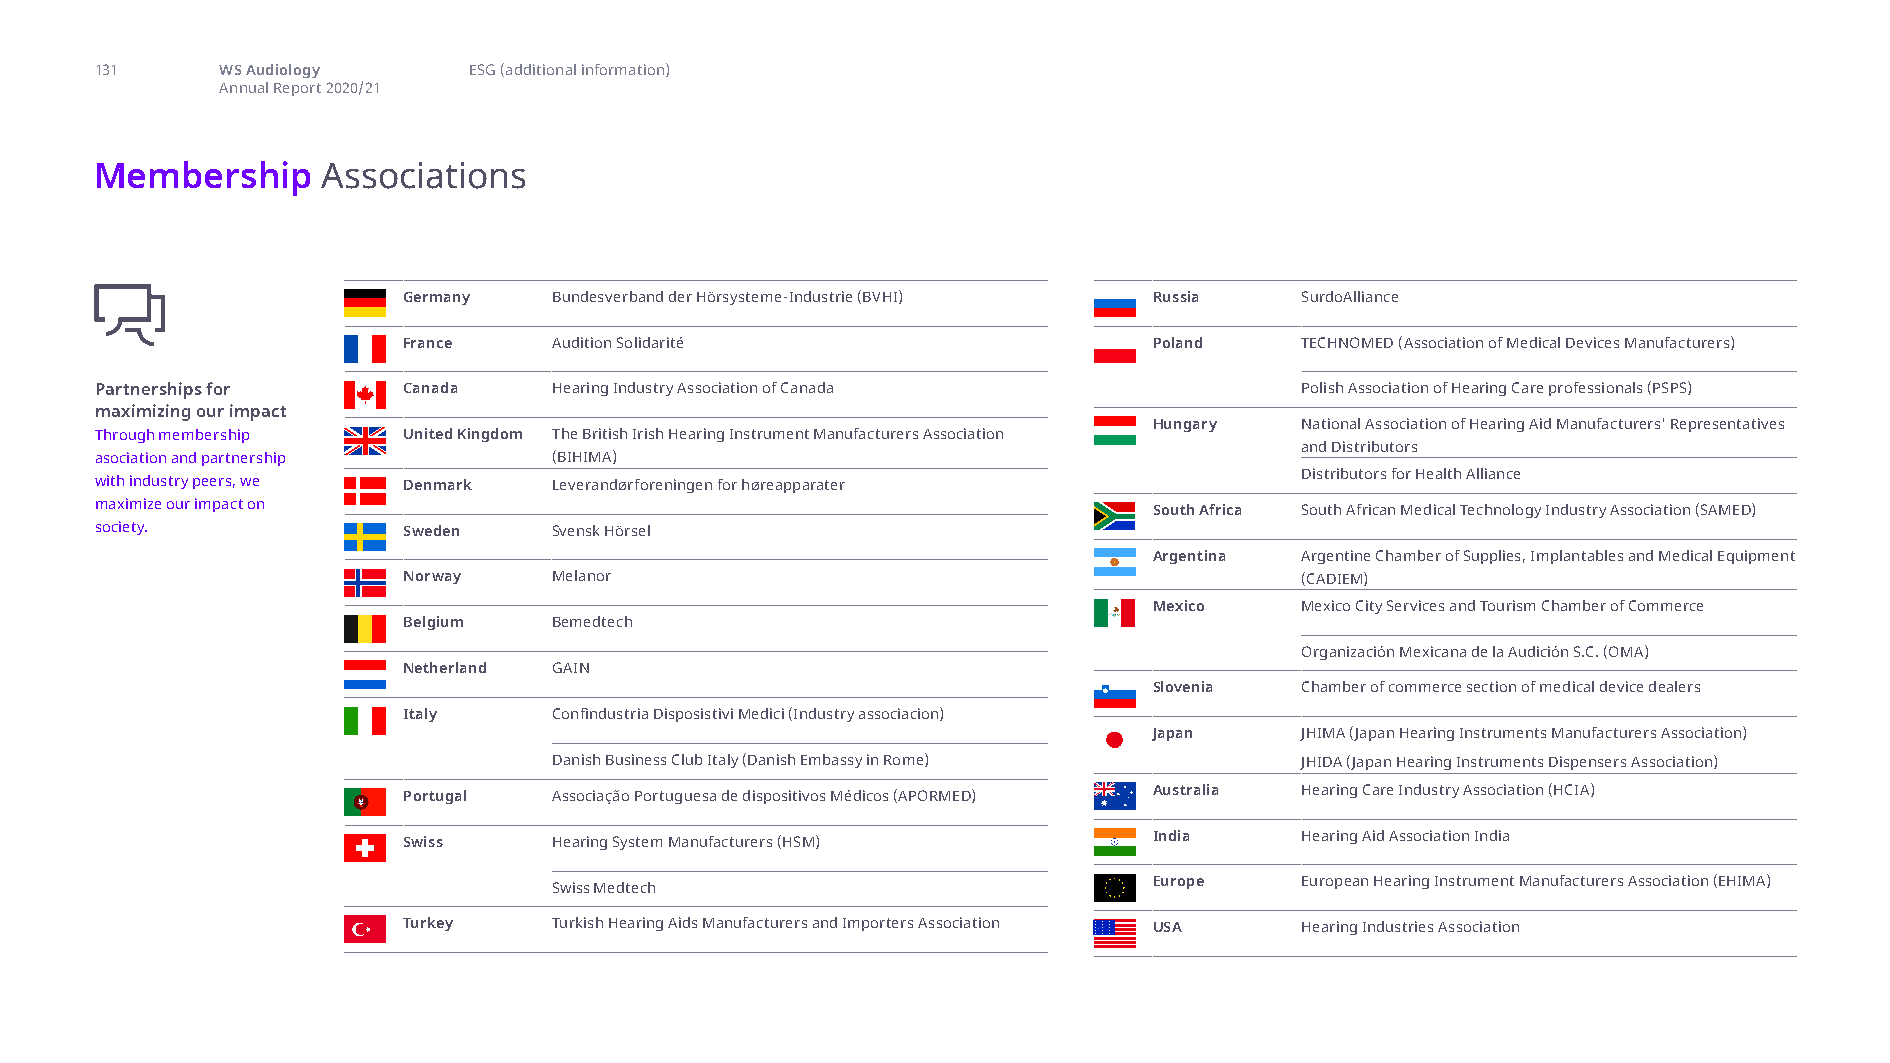
membership associations
 131      WS Audiology    ESG (additional information)
 Annual Report 2020/21
 Membership     Associations
 Germany   Bundesverband der Hörsysteme-Industrie (BVHI) Russia SurdoAlliance
 France    Audition Solidarité                    Poland    TECHNOMED (Association of Medical Devices Manufacturers)
 Partnerships for     Canada    Hearing Industry Association of Canada           Polish Association of Hearing Care professionals (PSPS)
 maximizing our impact
 Hungary   National Association of Hearing Aid Manufacturers' Representatives
 Through membership   United Kingdom The British Irish Hearing Instrument Manufacturers Association
 and Distributors
 asociation and partnership     (BIHIMA)
 Distributors for Health Alliance
 with industry peers, we Denmark Leverandørforeningen for høreapparater
 maximize our impact on                                                South Africa South African Medical Technology Industry Association (SAMED)
 society.             Sweden    Svensk Hörsel
 Argentina Argentine Chamber of Supplies, Implantables and Medical Equipment
 Norway    Melanor                                          (CADIEM)
 Mexico    Mexico City Services and Tourism Chamber of Commerce
 Belgium   Bemedtech
 Organización Mexicana de la Audición S.C. (OMA)
 Netherland GAIN
 Slovenia  Chamber of commerce section of medical device dealers
 Italy     Confindustria Disposistivi Medici (Industry associacion)
 Japan     JHIMA (Japan Hearing Instruments Manufacturers Association)
 Danish Business Club Italy (Danish Embassy in Rome) JHIDA (Japan Hearing Instruments Dispensers Association)
 Portugal  Associação Portuguesa de dispositivos Médicos (APORMED) Australia Hearing Care Industry Association (HCIA)
 Swiss     Hearing System Manufacturers (HSM)     India     Hearing Aid Association India
 Swiss Medtech                          Europe    European Hearing Instrument Manufacturers Association (EHIMA)
 Turkey    Turkish Hearing Aids Manufacturers and Importers Association USA Hearing Industries Association